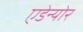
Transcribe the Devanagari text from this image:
एडेन्योर